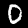
Digit: 0